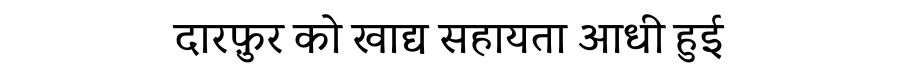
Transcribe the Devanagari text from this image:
दारफ़ुर को खाद्य सहायता आधी हुई